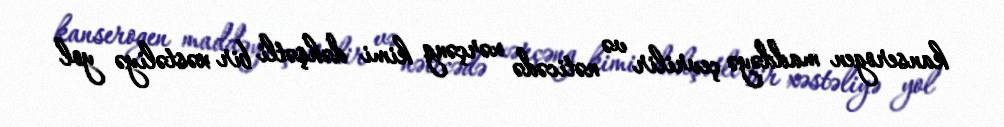
kanserogen maddəyə çevrilir və nəticədə xərçəng kimi dəhşətli bir xəstəliyə yol